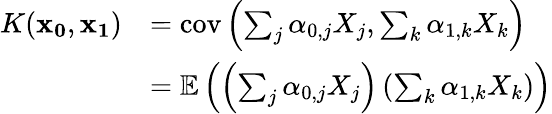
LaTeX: \begin{array}{rl}{K(\mathbf{x_{0}},\mathbf{x_{1}})}&{=\mathrm{cov}\left(\sum_{j}\alpha_{0,j}X_{j},\sum_{k}\alpha_{1,k}X_{k}\right)}\\ &{=\mathbb{E}\left(\left(\sum_{j}\alpha_{0,j}X_{j}\right)\left(\sum_{k}\alpha_{1,k}X_{k}\right)\right)}\end{array}